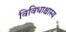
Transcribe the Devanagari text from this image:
विविधाश्चास्य